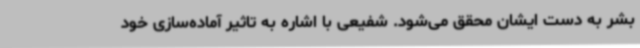
بشر به دست ایشان محقق می‌شود. شفیعی با اشاره به تاثیر آماده‌سازی خود